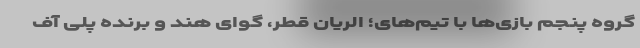
گروه پنجم بازی‌ها با تیم‌های؛ الریان قطر، گوای هند و برنده پلی آف